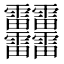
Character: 䨻